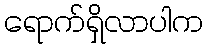
ရောက်ရှိလာပါက